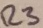
Text: R3